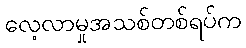
လေ့လာမှုအသစ်တစ်ရပ်က